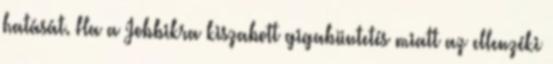
hatását. Ha a Jobbikra kiszabott gigabüntetés miatt az ellenzéki